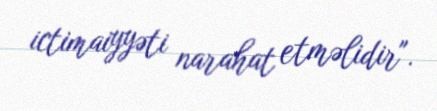
ictimaiyyəti narahat etməlidir".